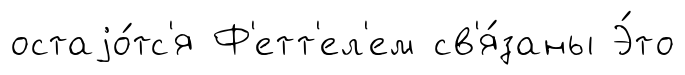
остаjо́тс'я Ф'етт'ел'ем св'я́заны Э́то